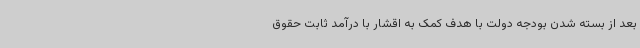
بعد از بسته شدن بودجه دولت با هدف کمک به اقشار با درآمد ثابت حقوق